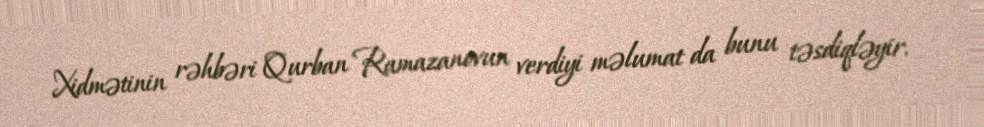
Xidmətinin rəhbəri Qurban Ramazanovun verdiyi məlumat da bunu təsdiqləyir.